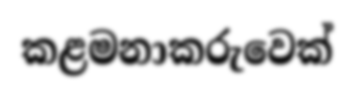
කළමනාකරුවෙක්